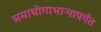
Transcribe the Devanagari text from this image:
समाधीगाभाऱ्यापर्यंत